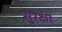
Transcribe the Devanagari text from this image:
सु्रक्षा